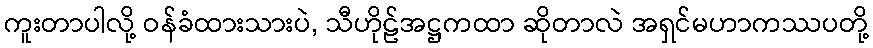
ကူးတာပါလို့ ဝန်ခံထားသားပဲ, သီဟိုဠ်အဋ္ဌကထာ ဆိုတာလဲ အရှင်မဟာကဿပတို့